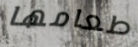
طعامها